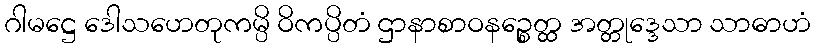
ဂါမဋ္ဌေ ဒေါသဟေတုကမ္ပိ ဝိကပ္ပိတံ ဌာနာစာဝနဉ္စေတ္ထ အတ္တုဒ္ဒေသာ သာဓာဟံ